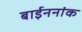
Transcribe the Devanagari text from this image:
बाईननांक